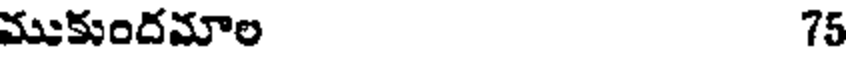
ముకుందమాల 75